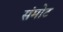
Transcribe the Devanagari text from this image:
संमोट